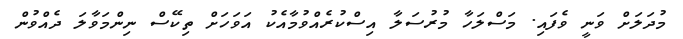
މުދަލަށް ވަނީ ވެފައި. މަސްލަހާ މުރުސަލާ އިސްކުރެއްވުމާއެކު އަވަހަށް ތިކޭސް ނިންމަވާލަ ދެއްވުން